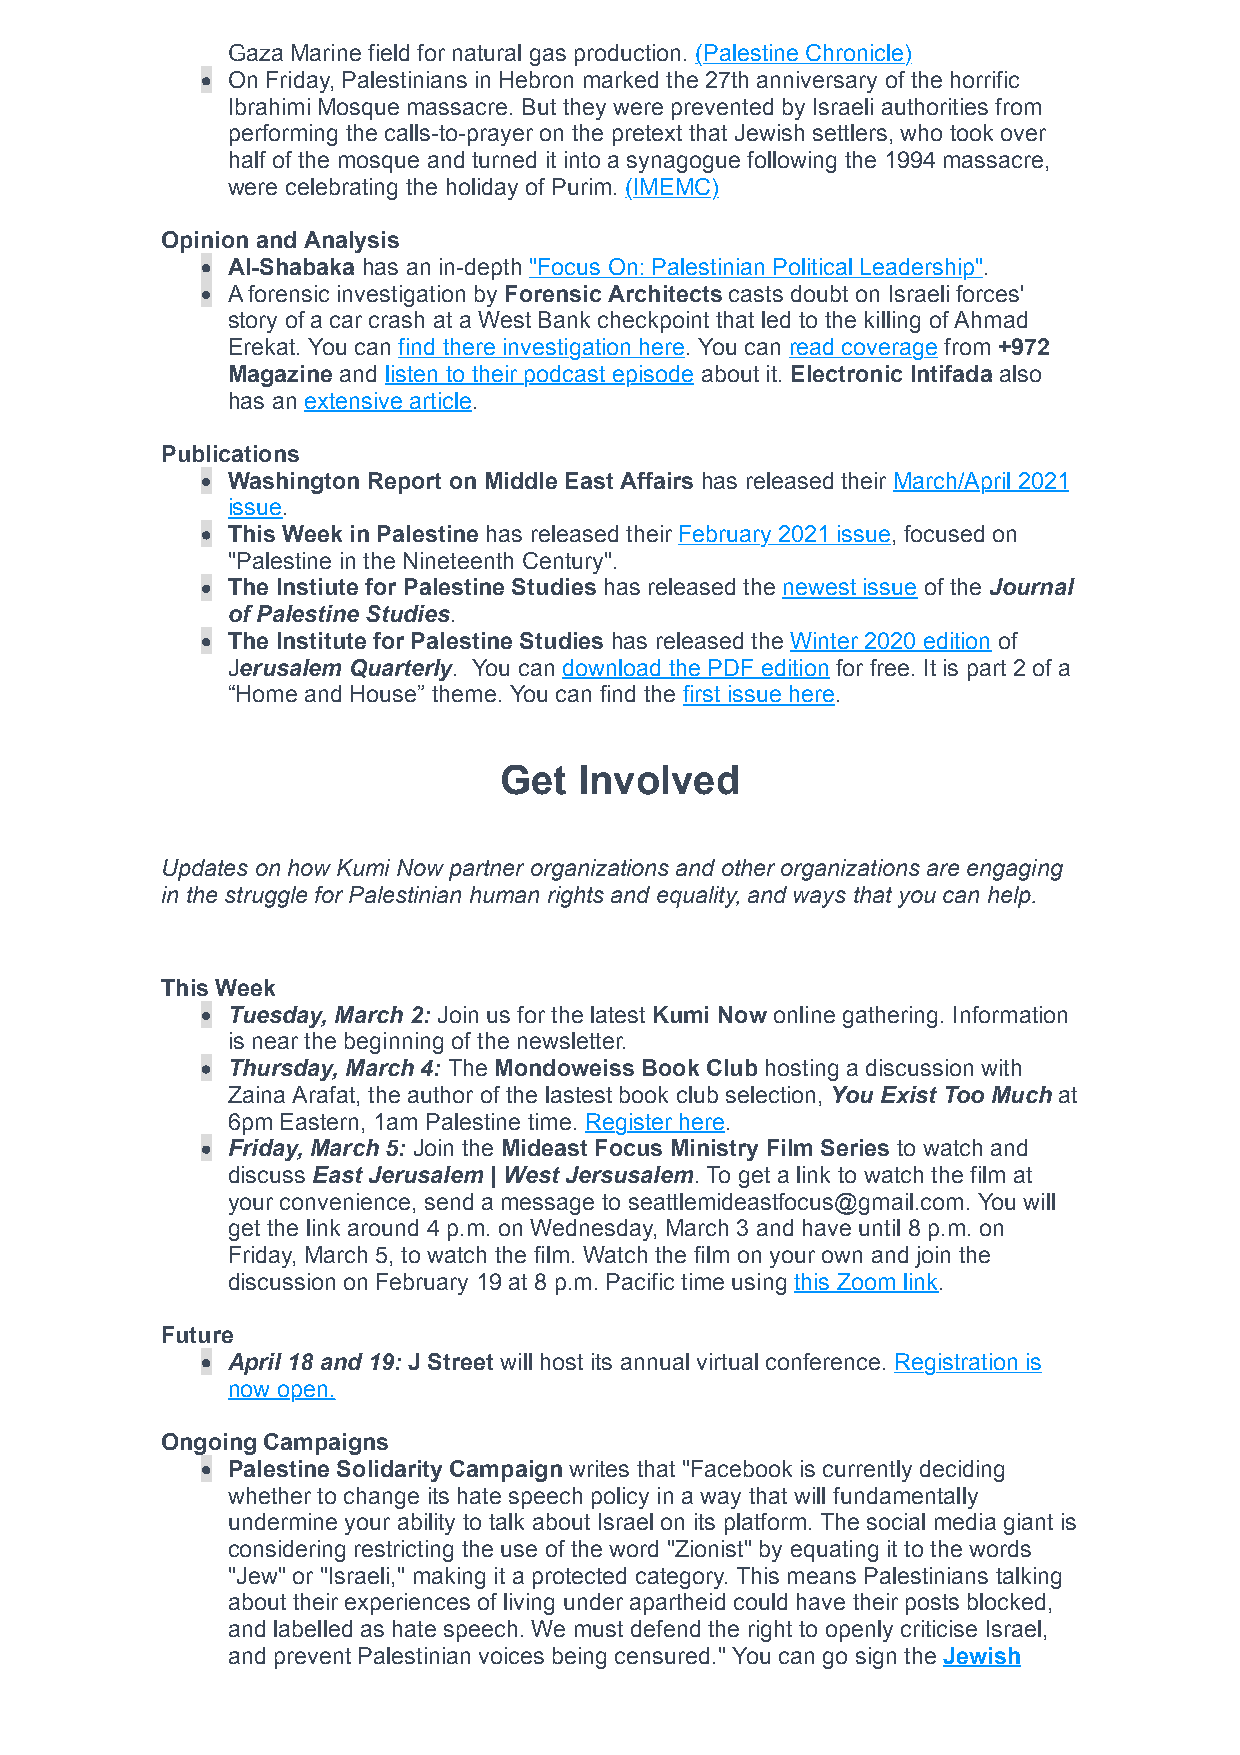
Gaza Marine field for natural gas production. (Palestine Chronicle)
 On Friday, Palestinians in Hebron marked the 27th anniversary of the horrific
 Ibrahimi Mosque massacre. But they were prevented by Israeli authorities from
 performing the calls-to-prayer on the pretext that Jewish settlers, who took over
 half of the mosque and turned it into a synagogue following the 1994 massacre,
 were celebrating the holiday of Purim. (IMEMC)
 Opinion and Analysis
 Al-Shabaka has an in-depth "Focus On: Palestinian Political Leadership".
 A forensic investigation by Forensic Architects casts doubt on Israeli forces'
 story of a car crash at a West Bank checkpoint that led to the killing of Ahmad
 Erekat. You can find there investigation here. You can read coverage from +972
 Magazine and listen to their podcast episode about it. Electronic Intifada also
 has an extensive article.
 Publications
 Washington Report on Middle East Affairs has released their March/April 2021
 issue.
 This Week in Palestine has released their February 2021 issue, focused on
 "Palestine in the Nineteenth Century".
 The Instiute for Palestine Studies has released the newest issue of the Journal
 of Palestine Studies.
 The Institute for Palestine Studies has released the Winter 2020 edition of
 Jerusalem Quarterly. You can download the PDF edition for free. It is part 2 of a
 “Home and House” theme. You can find the first issue here.
 Get  Involved
 Updates on how Kumi Now partner organizations and other organizations are engaging
 in the struggle for Palestinian human rights and equality, and ways that you can help.
 This Week
 Tuesday, March 2: Join us for the latest Kumi Now online gathering. Information
 is near the beginning of the newsletter.
 Thursday, March 4: The Mondoweiss Book Club hosting a discussion with
 Zaina Arafat, the author of the lastest book club selection, You Exist Too Much at
 6pm Eastern, 1am Palestine time. Register here.
 Friday, March 5: Join the Mideast Focus Ministry Film Series to watch and
 discuss East Jerusalem | West Jersusalem. To get a link to watch the film at
 your convenience, send a message to seattlemideastfocus@gmail.com. You will
 get the link around 4 p.m. on Wednesday, March 3 and have until 8 p.m. on
 Friday, March 5, to watch the film. Watch the film on your own and join the
 discussion on February 19 at 8 p.m. Pacific time using this Zoom link.
 Future
 April 18 and 19: J Street will host its annual virtual conference. Registration is
 now open.
 Ongoing Campaigns
 Palestine Solidarity Campaign writes that "Facebook is currently deciding
 whether to change its hate speech policy in a way that will fundamentally
 undermine your ability to talk about Israel on its platform. The social media giant is
 considering restricting the use of the word "Zionist" by equating it to the words
 "Jew" or "Israeli," making it a protected category. This means Palestinians talking
 about their experiences of living under apartheid could have their posts blocked,
 and labelled as hate speech. We must defend the right to openly criticise Israel,
 and prevent Palestinian voices being censured." You can go sign the Jewish